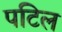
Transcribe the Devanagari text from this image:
पटिल